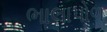
ભાલાપોળ